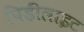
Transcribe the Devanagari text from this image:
पिडीलाइट